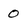
Character: 0